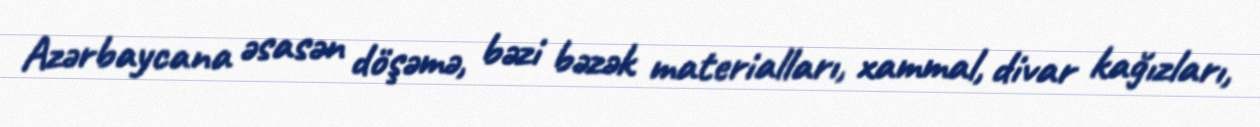
Azərbaycana əsasən döşəmə, bəzi bəzək materialları, xammal, divar kağızları,